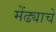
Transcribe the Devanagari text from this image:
मेंढ्याचे